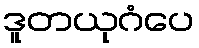
ဒူတယုဂံပေ